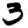
Digit: 3